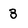
Character: 3